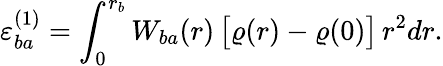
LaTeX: \varepsilon_{ba}^{(1)}=\int_{0}^{r_{b}}W_{ba}(r)\, \big[\varrho(r)-\varrho(0)\big]\, r^{2}dr.